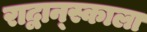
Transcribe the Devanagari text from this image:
राद्वान्स्काला